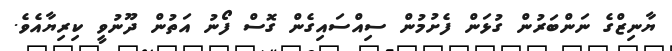
ޔާނިޒްގެ ނަންބަރުން ގުޅަން ފެށުމުން ސިއްސައިގެން ގޮސް ފޯނު އަތުން ދޫނުވީ ކިރިޔާއެވެ.